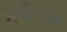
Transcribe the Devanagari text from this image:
मदीनाह